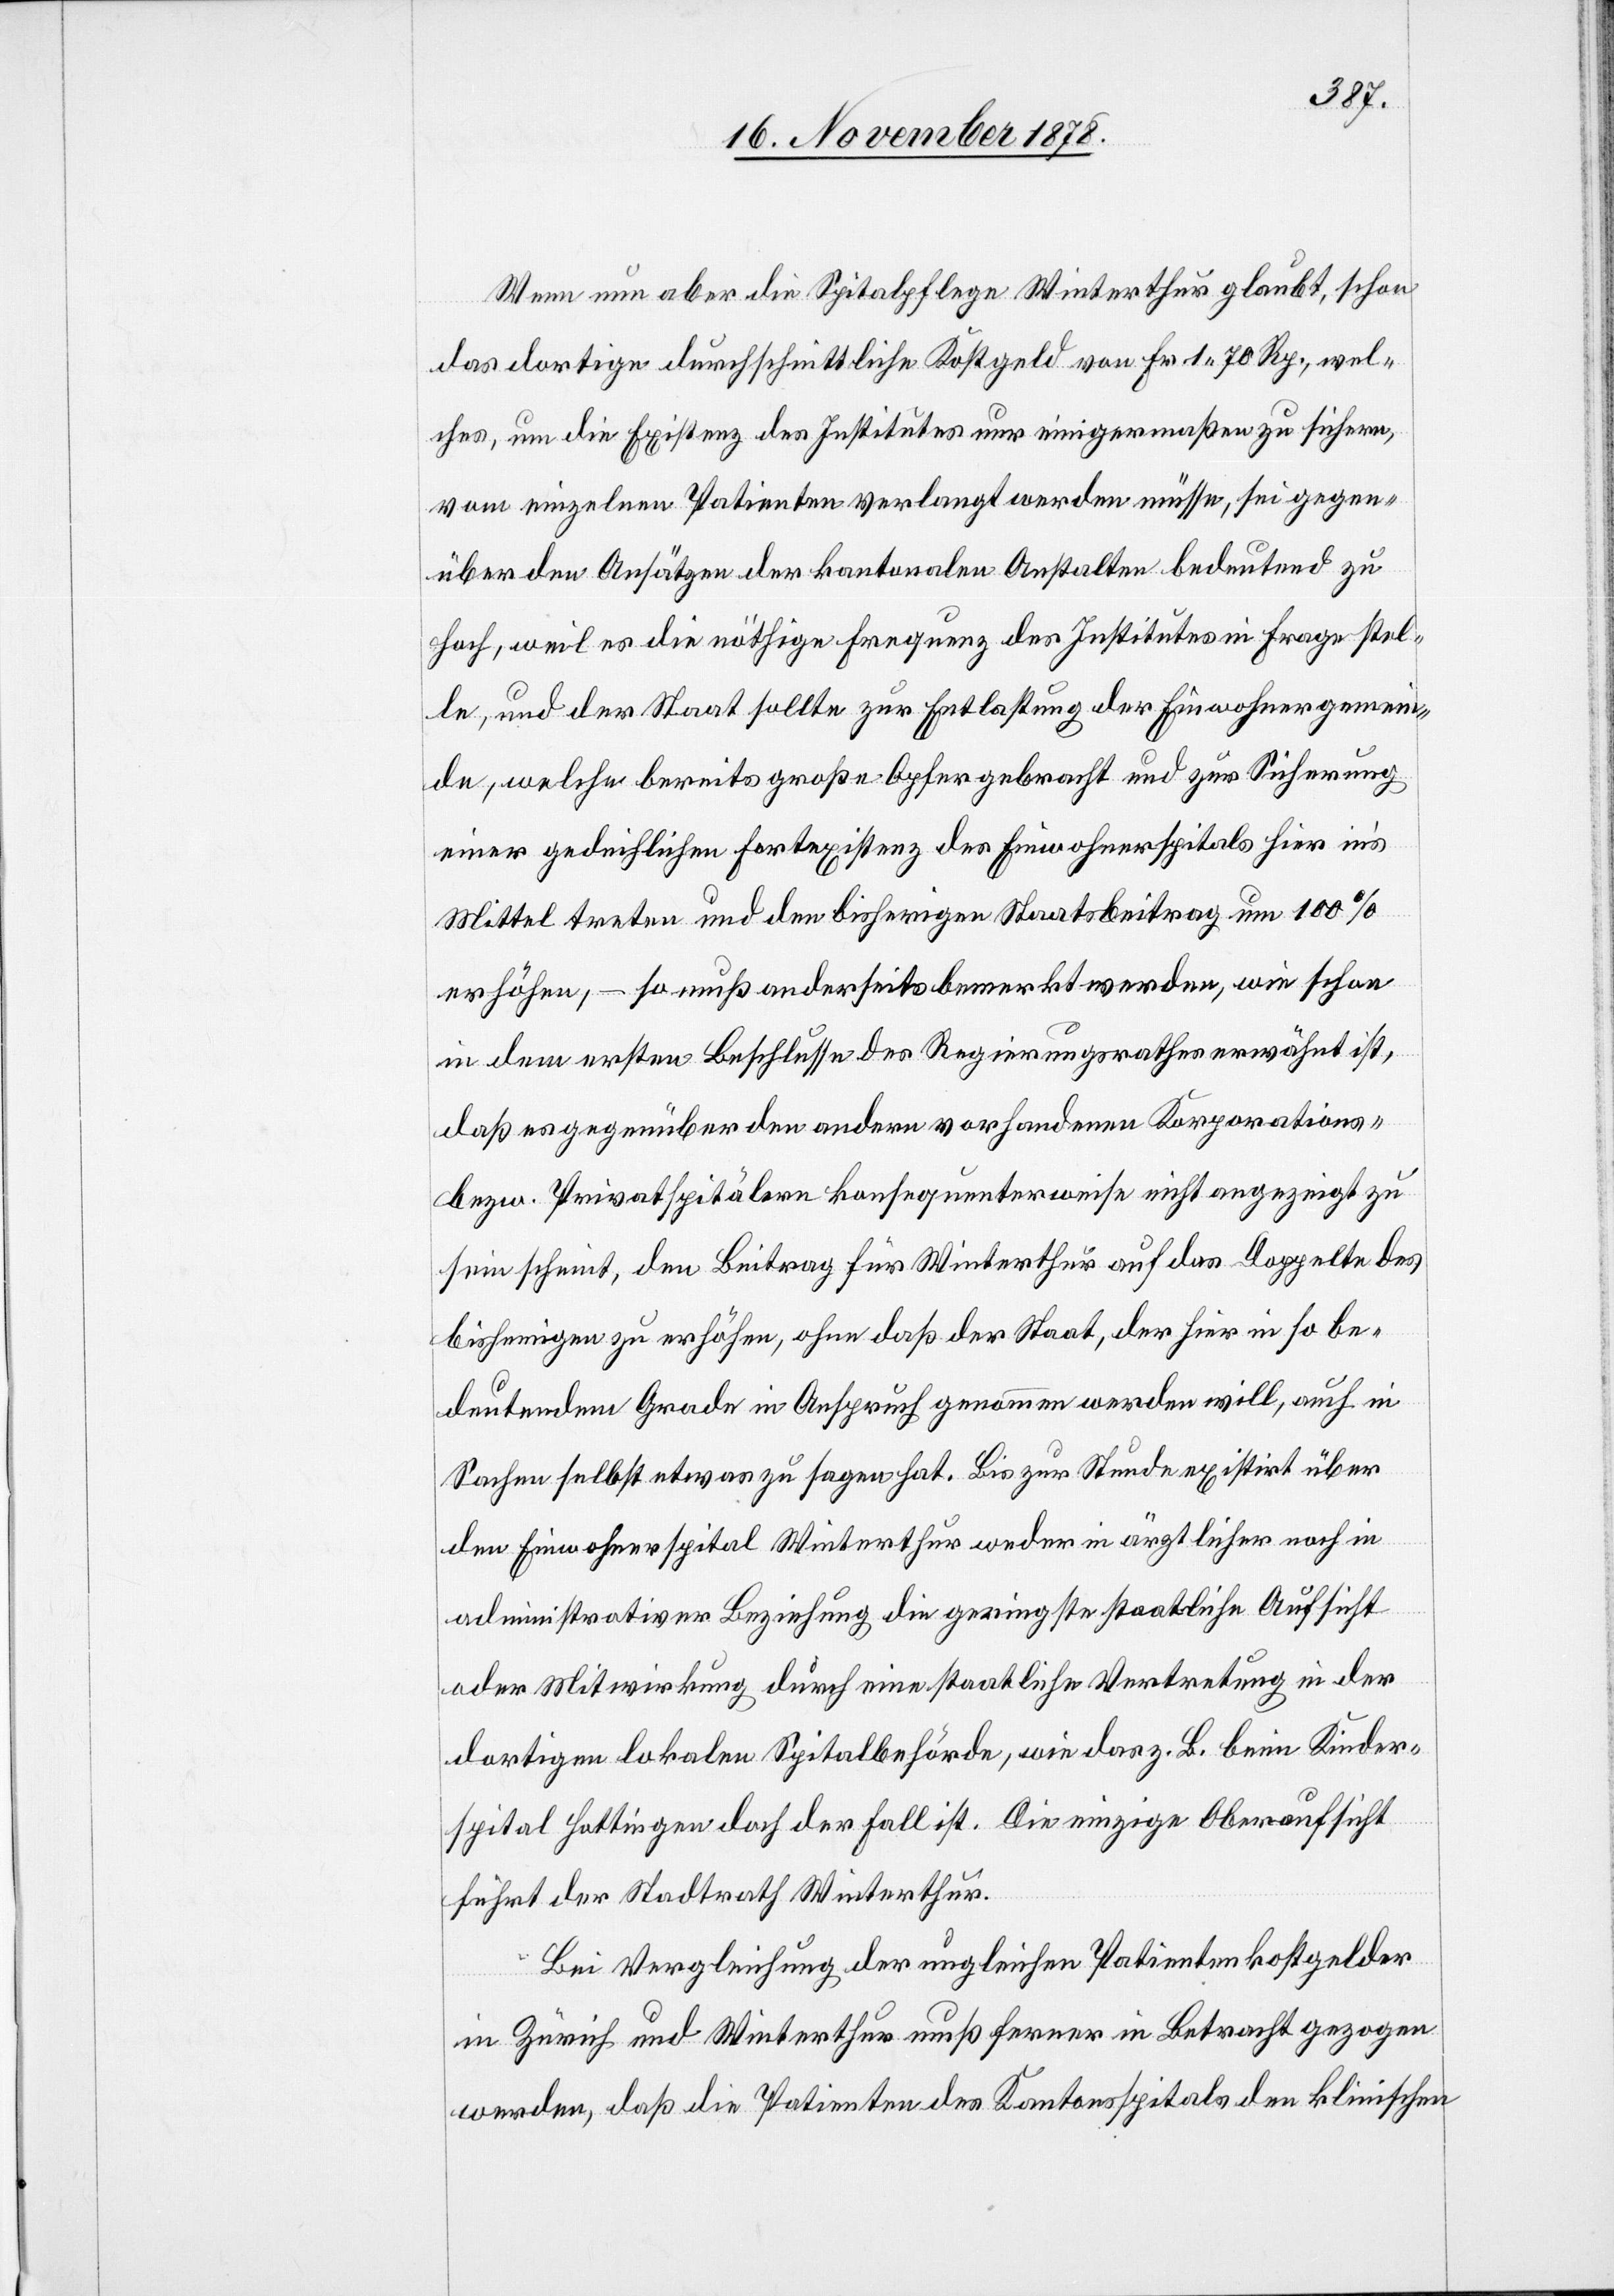
Wenn nun aber die Spitalpflege Winterthur glaubt, schon
das dortige durchschnittliche Kostgeld von Fr. 1 70 Rp. wel¬
ches, um die Existenz des Institutes nur einigermaßen zu sichern,
vom einzelnen Patienten verlangt werden müsse, sei gegen¬
über den Ansätzen der kantonalen Anstalten bedeutend zu
hoch, weil es die nöthige Frequenz der Institution in Frage stel¬
le, und der Staat sollte zur Entlastung der Einwohnergemein¬
de, welche bereits große Opfer gebracht und zur Sicherung
einer gedeihlichen Fortexistenz des Einwohnerspitals hier in’s
Mittel treten und den bisherigen Staatsbeitrag um 100%
erhöhen, – so muß anderseits bemerkt werden, wie schon
in dem ersten Beschlusse des Regierungsrathes erwähnt ist,
daß es gegenüber den andern vorhandenen Korporations-
bezw. Privatspitälern konsequenterweise nicht angezeigt zu
sein scheint, den Beitrag für Winterthur auf das Doppelte des
bisherigen zu erhöhen, ohne daß der Staat, der hier in so be¬
deutendem Grade in Anspruch genommen werden will, auch in
Sachen selbst etwas zu sagen hat. Bis zur Stunde existirt über
den Einwohnerspital Winterthur weder in ärztlicher noch in
administrativer Beziehung die geringste staatliche Aufsicht
oder Mitwirkung durch eine staatliche Vertretung in der
dortigen lokalen Spitalbehörde, wie das z. B. beim Kinder¬
spital Hottingen doch der Fall ist. Die einzige Oberaufsicht
führt der Stadtrath Winterthur.
Bei Vergleichung der ungleichen Patientenkostgelder
in Zürich und Winterthur muß ferner in Betracht gezogen
werden, daß die Patienten des Kantonsspitals den klinischen